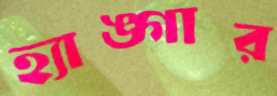
হ্যাঙ্গার